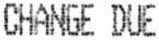
CHANGE DUE